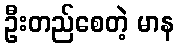
ဦးတည်စေတဲ့ မာန